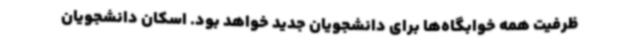
ظرفیت همه خوابگاه‌ها برای دانشجویان جدید خواهد بود. اسکان دانشجویان